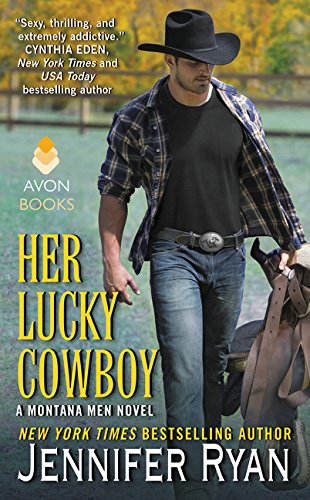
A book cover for Her Lucky Cowboy: A Montana Men Novel; Jennifer Ryan; Romance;